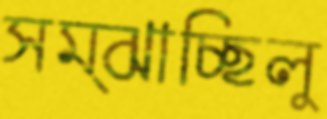
সম্‌ঝাচ্ছিলু